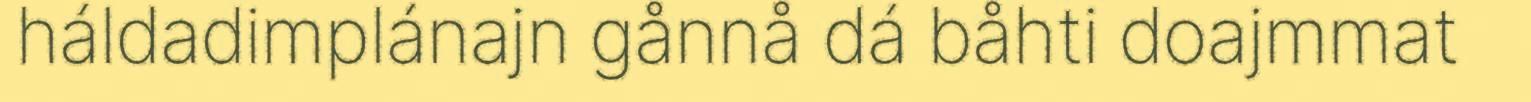
háldadimplánajn gånnå dá båhti doajmmat